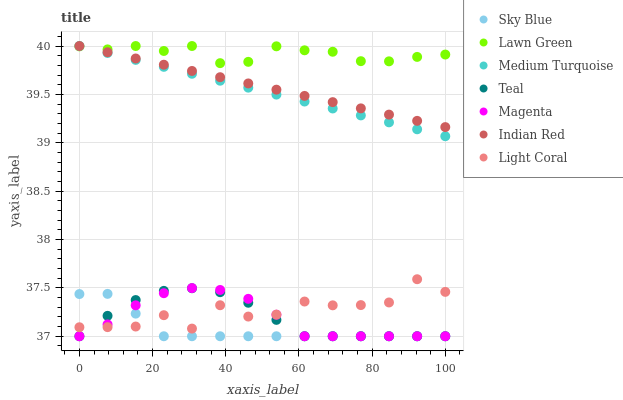
| xaxis_label | Sky Blue | Lawn Green | Medium Turquoise | Teal | Magenta | Indian Red | Light Coral |
 | --- | --- | --- | --- | --- | --- | --- | --- |
 | 0 | 37.4 | 40 | 40 | 37 | 37 | 40 | 37.1 |
 | 7.69 | 37.4 | 40 | 39.9 | 37.2 | 37.1 | 39.9 | 37.1 |
 | 15.4 | 37.2 | 40 | 39.9 | 37.4 | 37.3 | 39.9 | 37.1 |
 | 23.1 | 37 | 39.9 | 39.8 | 37.5 | 37.4 | 39.8 | 37.2 |
 | 30.8 | 37 | 40 | 39.7 | 37.5 | 37.5 | 39.7 | 37.1 |
 | 38.5 | 37 | 39.8 | 39.6 | 37.5 | 37.5 | 39.7 | 37.3 |
 | 46.2 | 37 | 39.8 | 39.6 | 37.3 | 37.4 | 39.6 | 37.2 |
 | 53.8 | 37 | 40 | 39.5 | 37.2 | 37.2 | 39.5 | 37.2 |
 | 61.5 | 37 | 40 | 39.4 | 37 | 37 | 39.5 | 37.4 |
 | 69.2 | 37 | 39.9 | 39.4 | 37 | 37 | 39.4 | 37.3 |
 | 76.9 | 37 | 39.8 | 39.3 | 37 | 37 | 39.4 | 37.3 |
 | 84.6 | 37 | 39.8 | 39.2 | 37 | 37 | 39.3 | 37.3 |
 | 92.3 | 37 | 39.9 | 39.1 | 37 | 37 | 39.2 | 37.6 |
 | 100 | 37 | 39.9 | 39.1 | 37 | 37 | 39.2 | 37.5 |